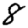
Digit: 8